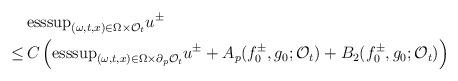
LaTeX: \begin{align*}&\textrm{esssup}_{(\omega,t,x)\in\Omega \times \mathcal{O}_t}u^{\pm} \\\leq \, & C\left(\textrm{esssup}_{(\omega,t,x)\in\Omega \times \partial _p\mathcal{O}_t}u^{\pm}+A_p(f_0^{\pm},g_0;\mathcal{O}_t)+B_2(f_0^{\pm},g_0;\mathcal{O}_t)\right)\end{align*}